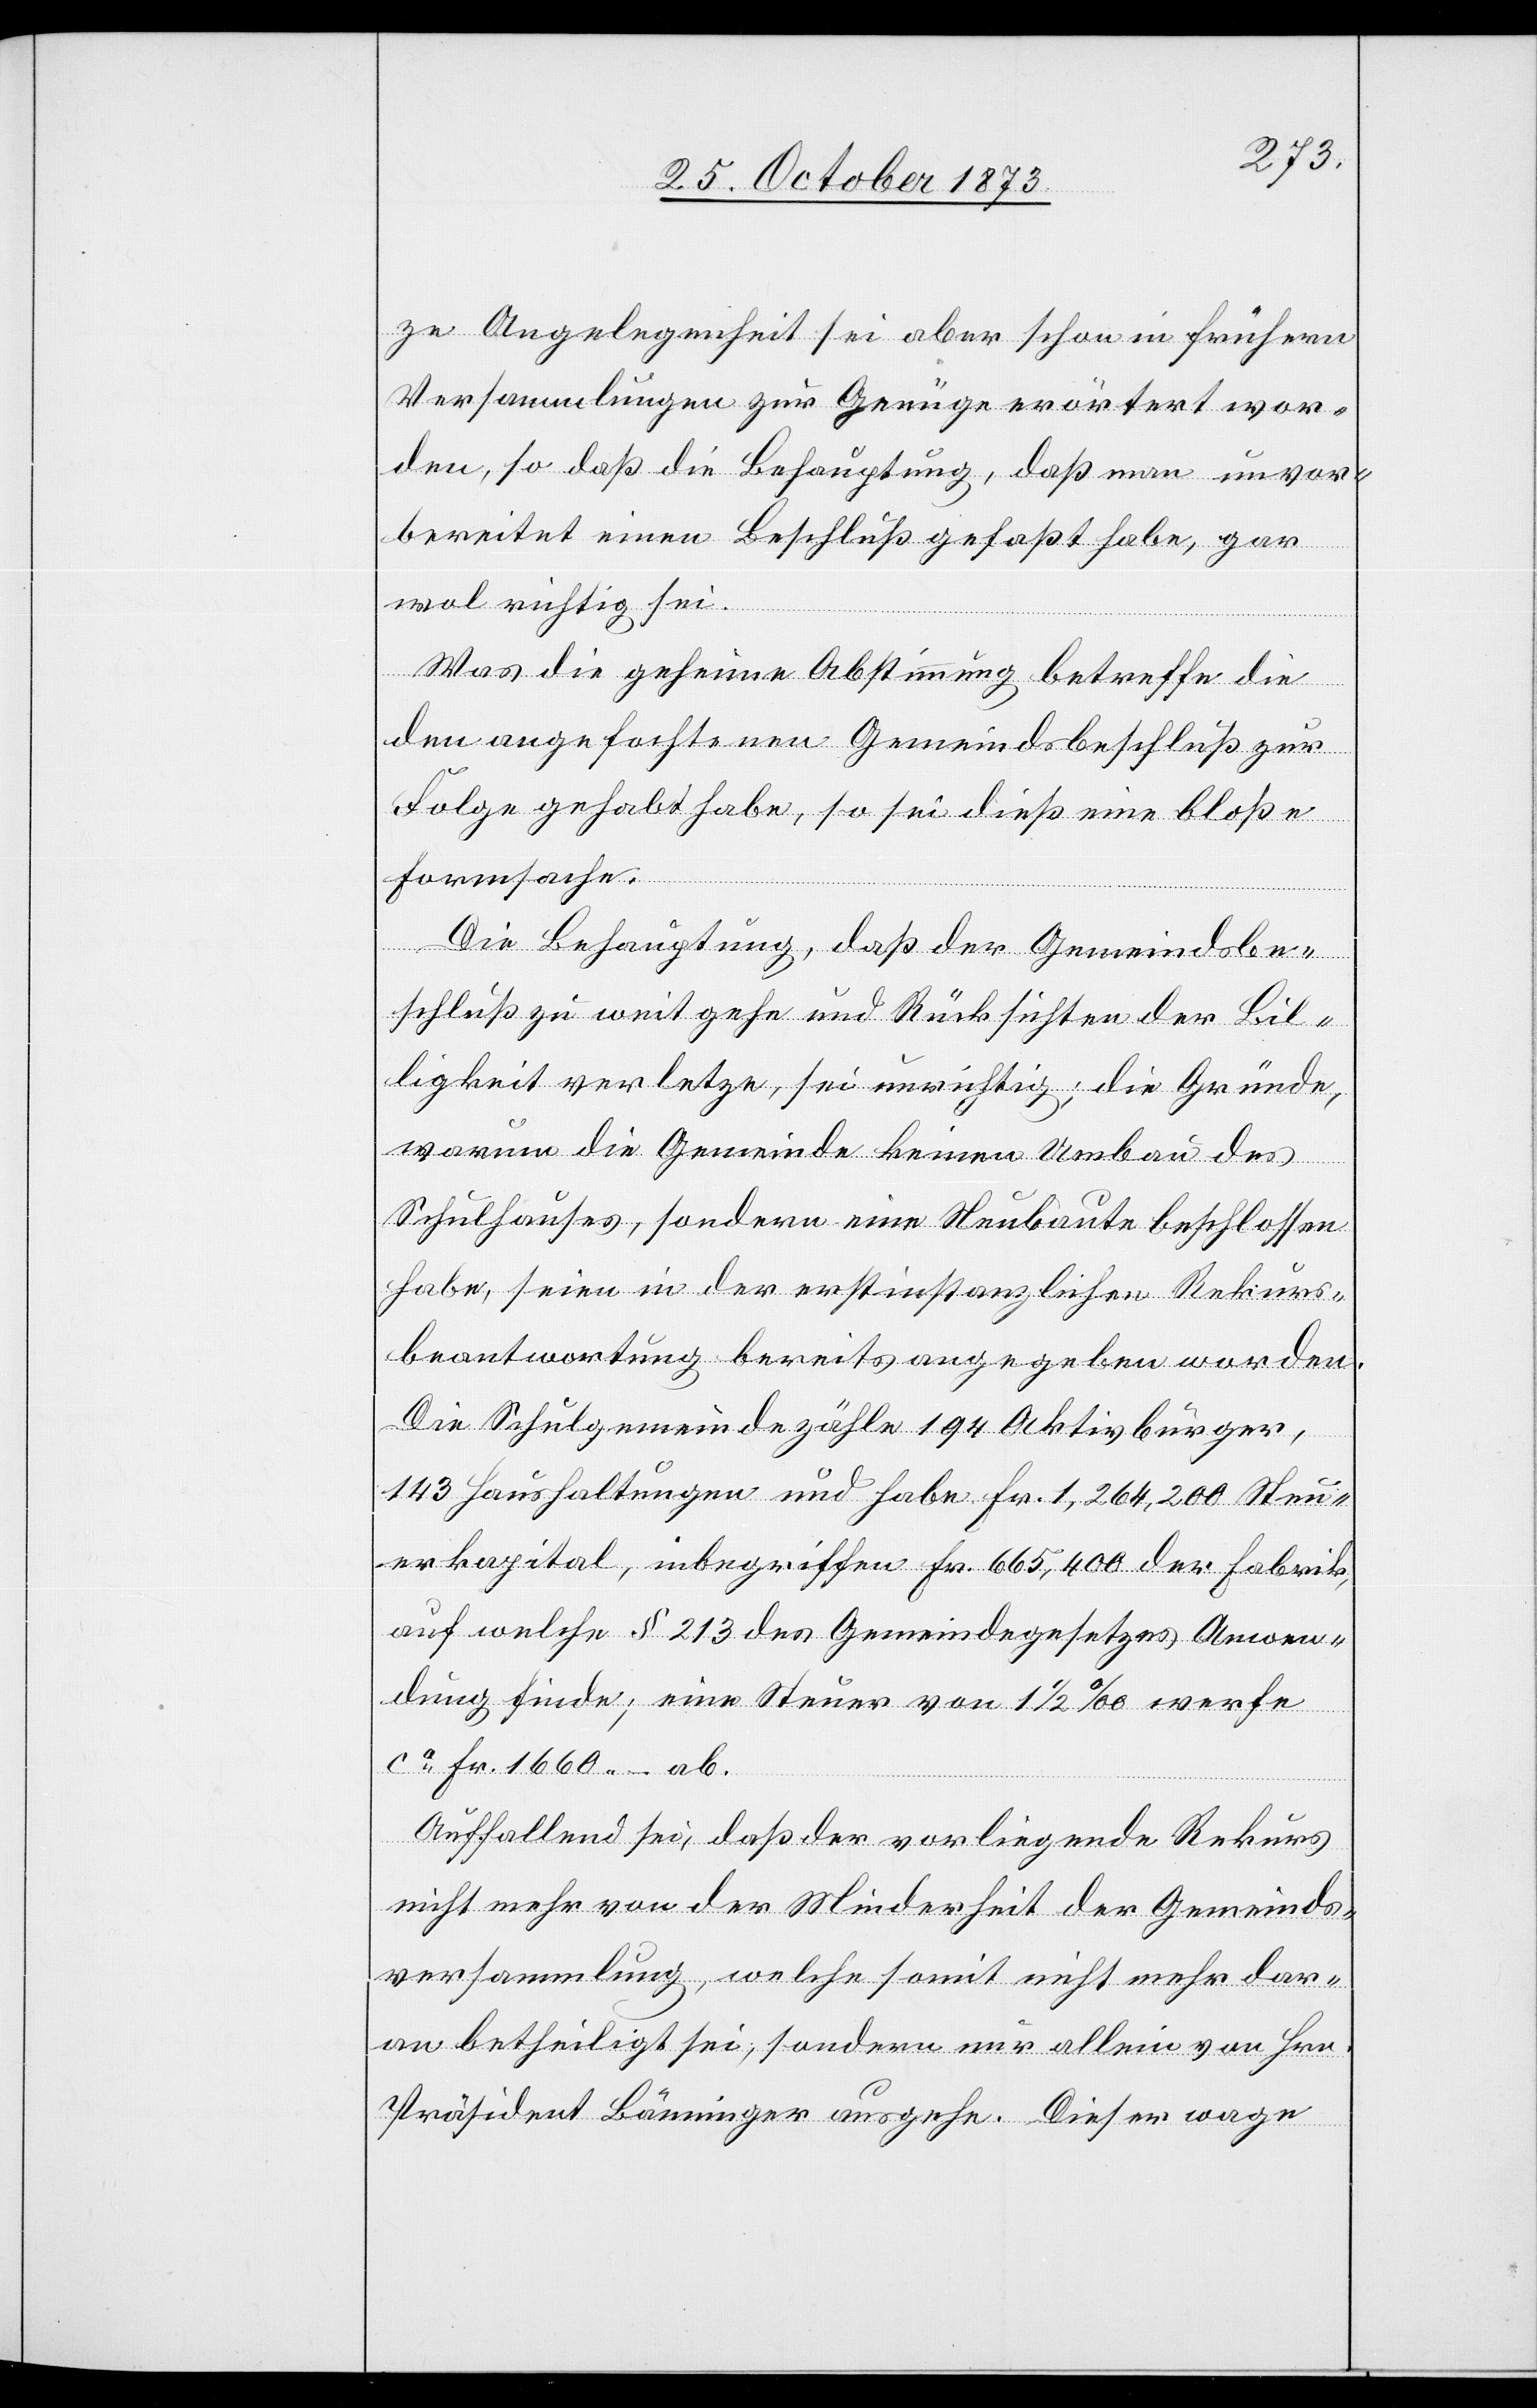
ze Angelegenheit sei aber schon in frühern
Versammlungen zur Genüge erörtert wor¬
den, so daß die Behauptung, daß man unvor¬
bereitet einen Beschluß gefaßt habe, gar
wol richtig sei.
Was die geheime Abstimmung betreffe die
den angefochtenen Gemeindsbeschluß zur
Folge gehabt habe, so sei dieß eine bloße
Formsache.
Die Behauptung, daß der Gemeindsbe¬
schluß zu weit gehe und Rücksichten der Bil¬
ligkeit verletze, sei unrichtig; die Gründe,
warum die Gemeinde keinen Umbau des
Schulhauses, sondern eine Neubaute beschlossen
habe, seien in der erstinstanzlichen Rekurs¬
beantwortung bereits angegeben worden.
Die Schulgemeinde zähle 194 Aktivbürger,
143 Haushaltungen und habe Fr. 1,264,200 Steu¬
erkapital, inbegriffen Fr. 665,400 der Fabrik,
auf welche § 213 des Gemeindegesetzes Anwen¬
dung finde; eine Steuer von 1 1/2‰ werfe
ca Fr. 1 660 – ab.
Auffallend sei, daß der vorliegende Rekurs
nicht mehr von der Minderheit der Gemeinds¬
versammlung, welche somit nicht mehr dar¬
an betheiligt sei, sondern nur allein von Hrn.
Präsident Bänninger ausgehe. Dieser wage